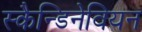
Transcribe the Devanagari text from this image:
स्कैन्डिनेवियन